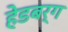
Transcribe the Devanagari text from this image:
हेडबर्ग